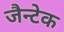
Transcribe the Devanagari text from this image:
जैन्टेक